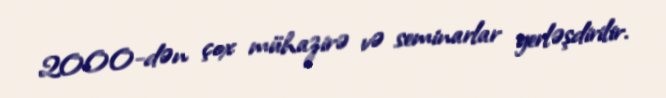
2000-dən çox mühazirə və seminarlar yerləşdirilir.